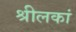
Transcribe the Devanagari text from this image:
श्रीलकां